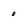
Character: 0